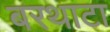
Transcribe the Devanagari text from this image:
बरथाटा